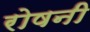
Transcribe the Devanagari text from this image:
रोषनी